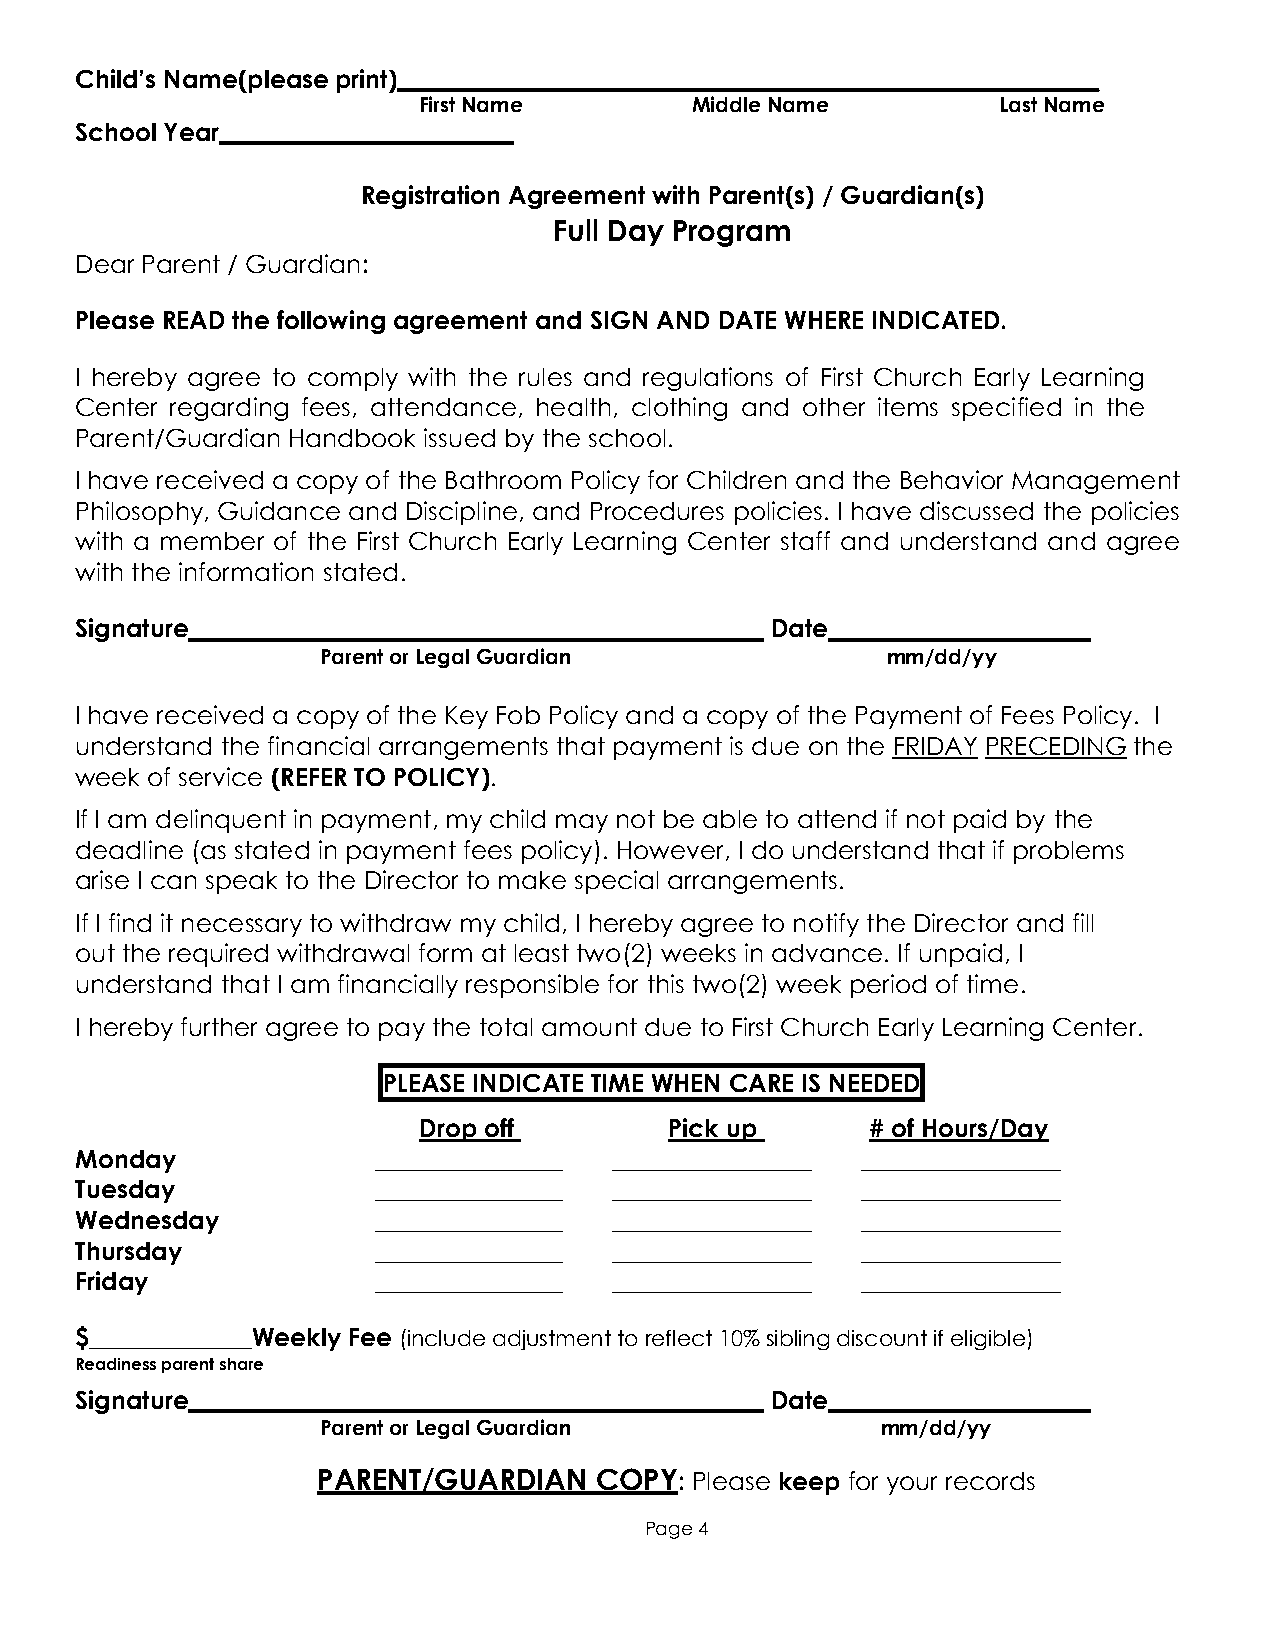
Child’s Name(please print)                        _____________________
 First Name        Middle Name         Last Name
 School Year
 Registration Agreement with Parent(s) / Guardian(s)
 Full Day Program
 Dear Parent / Guardian:
 Please READ the following agreement and SIGN AND DATE WHERE INDICATED.
 I hereby agree to comply with the rules and regulations of First Church Early Learning
 Center regarding fees, attendance, health, clothing and other items specified in the
 Parent/Guardian Handbook issued by the school.
 I have received a copy of the Bathroom Policy for Children and the Behavior Management
 Philosophy, Guidance and Discipline, and Procedures policies. I have discussed the policies
 with a member of the First Church Early Learning Center staff and understand and agree
 with the information stated.
 Signature______________________________________________ Date_____________________
 Parent or Legal Guardian              mm/dd/yy
 I have received a copy of the Key Fob Policy and a copy of the Payment of Fees Policy. I
 understand the financial arrangements that payment is due on the FRIDAY PRECEDING the
 week of service (REFER TO POLICY).
 If I am delinquent in payment, my child may not be able to attend if not paid by the
 deadline (as stated in payment fees policy). However, I do understand that if problems
 arise I can speak to the Director to make special arrangements.
 If I find it necessary to withdraw my child, I hereby agree to notify the Director and fill
 out the required withdrawal form at least two(2) weeks in advance. If unpaid, I
 understand that I am financially responsible for this two(2) week period of time.
 I hereby further agree to pay the total amount due to First Church Early Learning Center.
 PLEASE INDICATE TIME WHEN CARE IS NEEDED
 Drop off        Pick up       # of Hours/Day
 Monday              _______________ ________________ ________________
 Tuesday             _______________ ________________ ________________
 Wednesday           _______________ ________________ ________________
 Thursday            _______________ ________________ ________________
 Friday              _______________ ________________ ________________
 $_____________Weekly Fee (include adjustment to reflect 10% sibling discount if eligible)
 Readiness parent share
 Signature______________________________________________ Date_____________________
 Parent or Legal Guardian             mm/dd/yy
 PARENT/GUARDIAN   COPY:  Please keep for your records
 Page 4